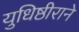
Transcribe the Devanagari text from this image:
युधिष्ठीराने